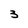
Character: 3